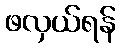
ဖလှယ်ရန်